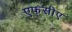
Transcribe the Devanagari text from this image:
एफसीए